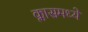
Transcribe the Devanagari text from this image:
क्लासमध्ये